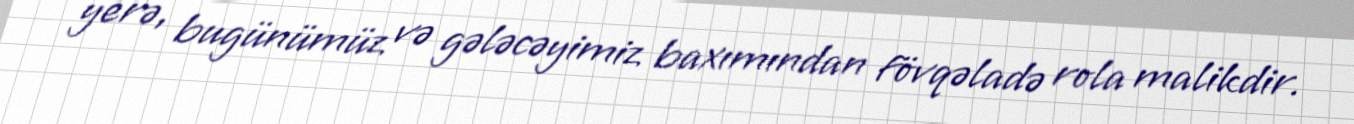
yerə, bugünümüz və gələcəyimiz baxımından fövqəladə rola malikdir.